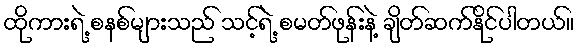
ထိုကားရဲ့ စနစ်များသည် သင့်ရဲ့ စမတ်ဖုန်းနဲ့ ချိတ်ဆက်နိုင်ပါတယ်။